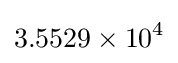
3.5529\times 10^{4}